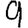
Digit: 9